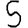
Digit: 5